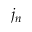
j _ { n }